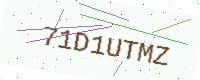
Text: 71D1UTMZ